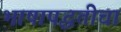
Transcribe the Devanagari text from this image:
भाषापद्धतीचा